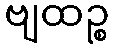
ဗျထဉ္စ